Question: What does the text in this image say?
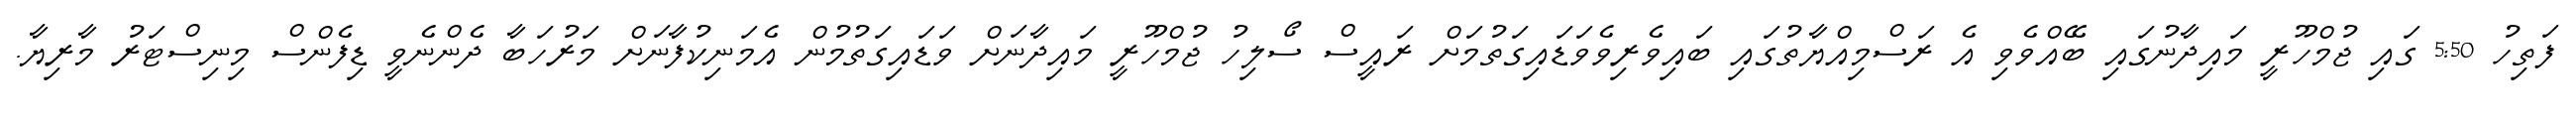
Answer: ފަތިހު 5:50 ގައި ޖުމްހޫރީ މައިދާނުގައި ބޭއްވެވި އެ ރަސްމިއްޔާތުގައި ބައިވެރިވެވަޑައިގަތުމަށް ރައީސް ސޯލިހު ޖުމްހޫރީ މައިދާނަށް ވަޑައިގަތުމުން އެމަނިކުފާނަށް މަރުހަބާ ދެންނެވީ ޑިފެންސް މިނިސްޓަރު މާރިޔާ.